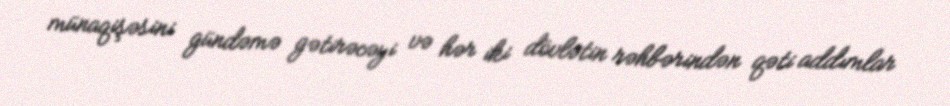
münaqişəsini gündəmə gətirəcəyi və hər iki dövlətin rəhbərindən qəti addımlar